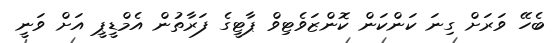
ބެހޭ ވަރަށް ގިނަ ކަންކަން ކޮންޒަވެޓިވް ޕާޓީގެ ފަރާތުން އެމްޑީޕީ އަށް ވަނީ